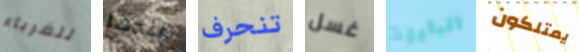
للغرباء عندما تنحرف غسل البارزة يمتلكون